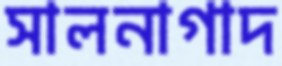
সালনাগাদ